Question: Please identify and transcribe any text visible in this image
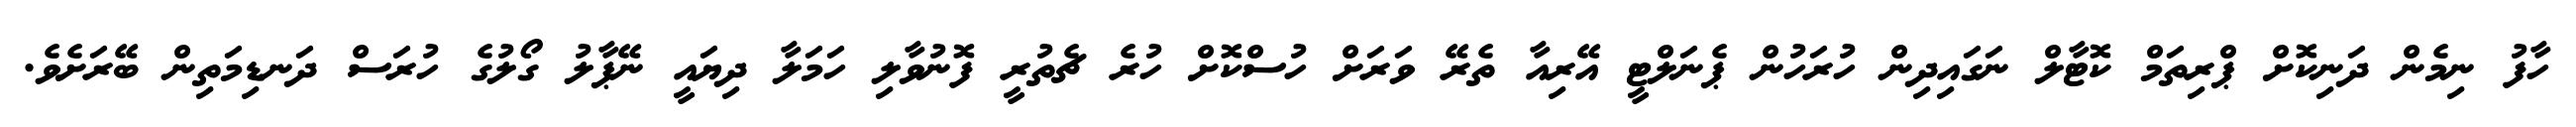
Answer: ހާފު ނިމެން ދަނިކޮށް ޕްރިތަމް ކޮޓާލް ނަގައިދިން ހުރަހުން ޕެނަލްޓީ އޭރިއާ ތެރޭ ވަރަށް ހުސްކޮށް ހުރެ ޗެތުރީ ފޮނުވާލި ހަމަލާ ދިޔައީ ނޭޕާލު ގޯލުގެ ހުރަސް ދަނޑިމަތިން ބޭރަށެވެ.